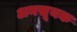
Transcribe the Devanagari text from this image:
अनसूयक